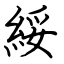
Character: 綏